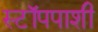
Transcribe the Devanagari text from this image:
स्टॉपपाशी